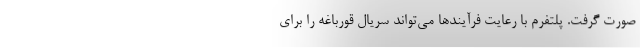
صورت گرفت. پلتفرم با رعایت فرآیند‌ها می‌تواند سریال قورباغه را برای